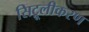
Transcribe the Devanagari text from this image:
सिट्रूलीकरण